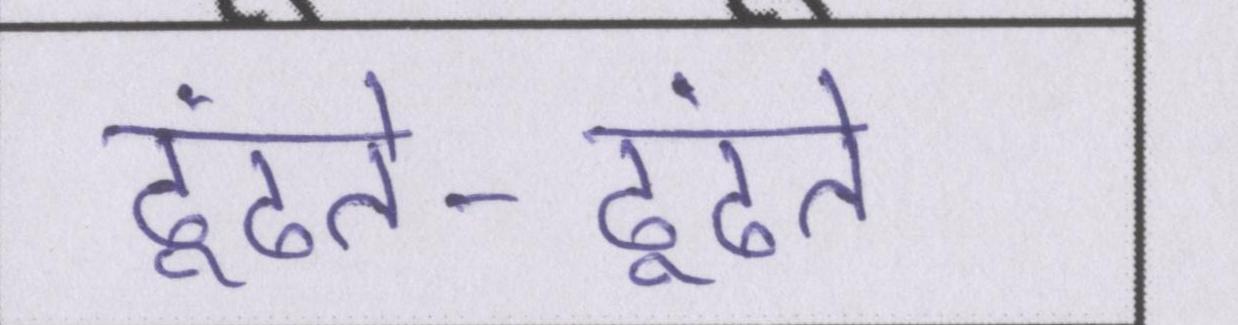
ढूंढते-ढूंढते